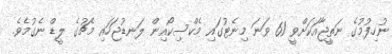
ނުހިފުމުގެ ނަތީޖާއަކަށްވީ 61 ވަނަ މިނެޓުގައި މެކްސިކޯއިން ލަނޑުޖަހައި މެޗުގެ ލީޑް ނެގުމެވެ.